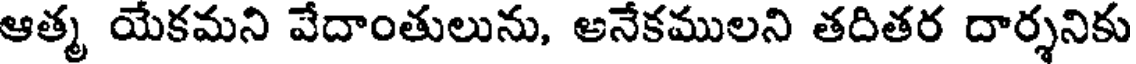
ఆత్మ యేకమని వేదాంతులును, అనేకములని తదితర దార్శనికు